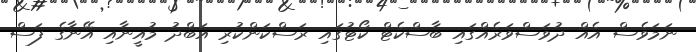
ނަމަވެސް އެއް ދުވަސްވަރެއްގައި ބާސްކެޓް ކޯޓުގައި ރަސްކަންކުރި އަބްދު މުއީނާއި އޭނާގެ ފަސް